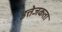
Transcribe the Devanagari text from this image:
उत्तेजकता